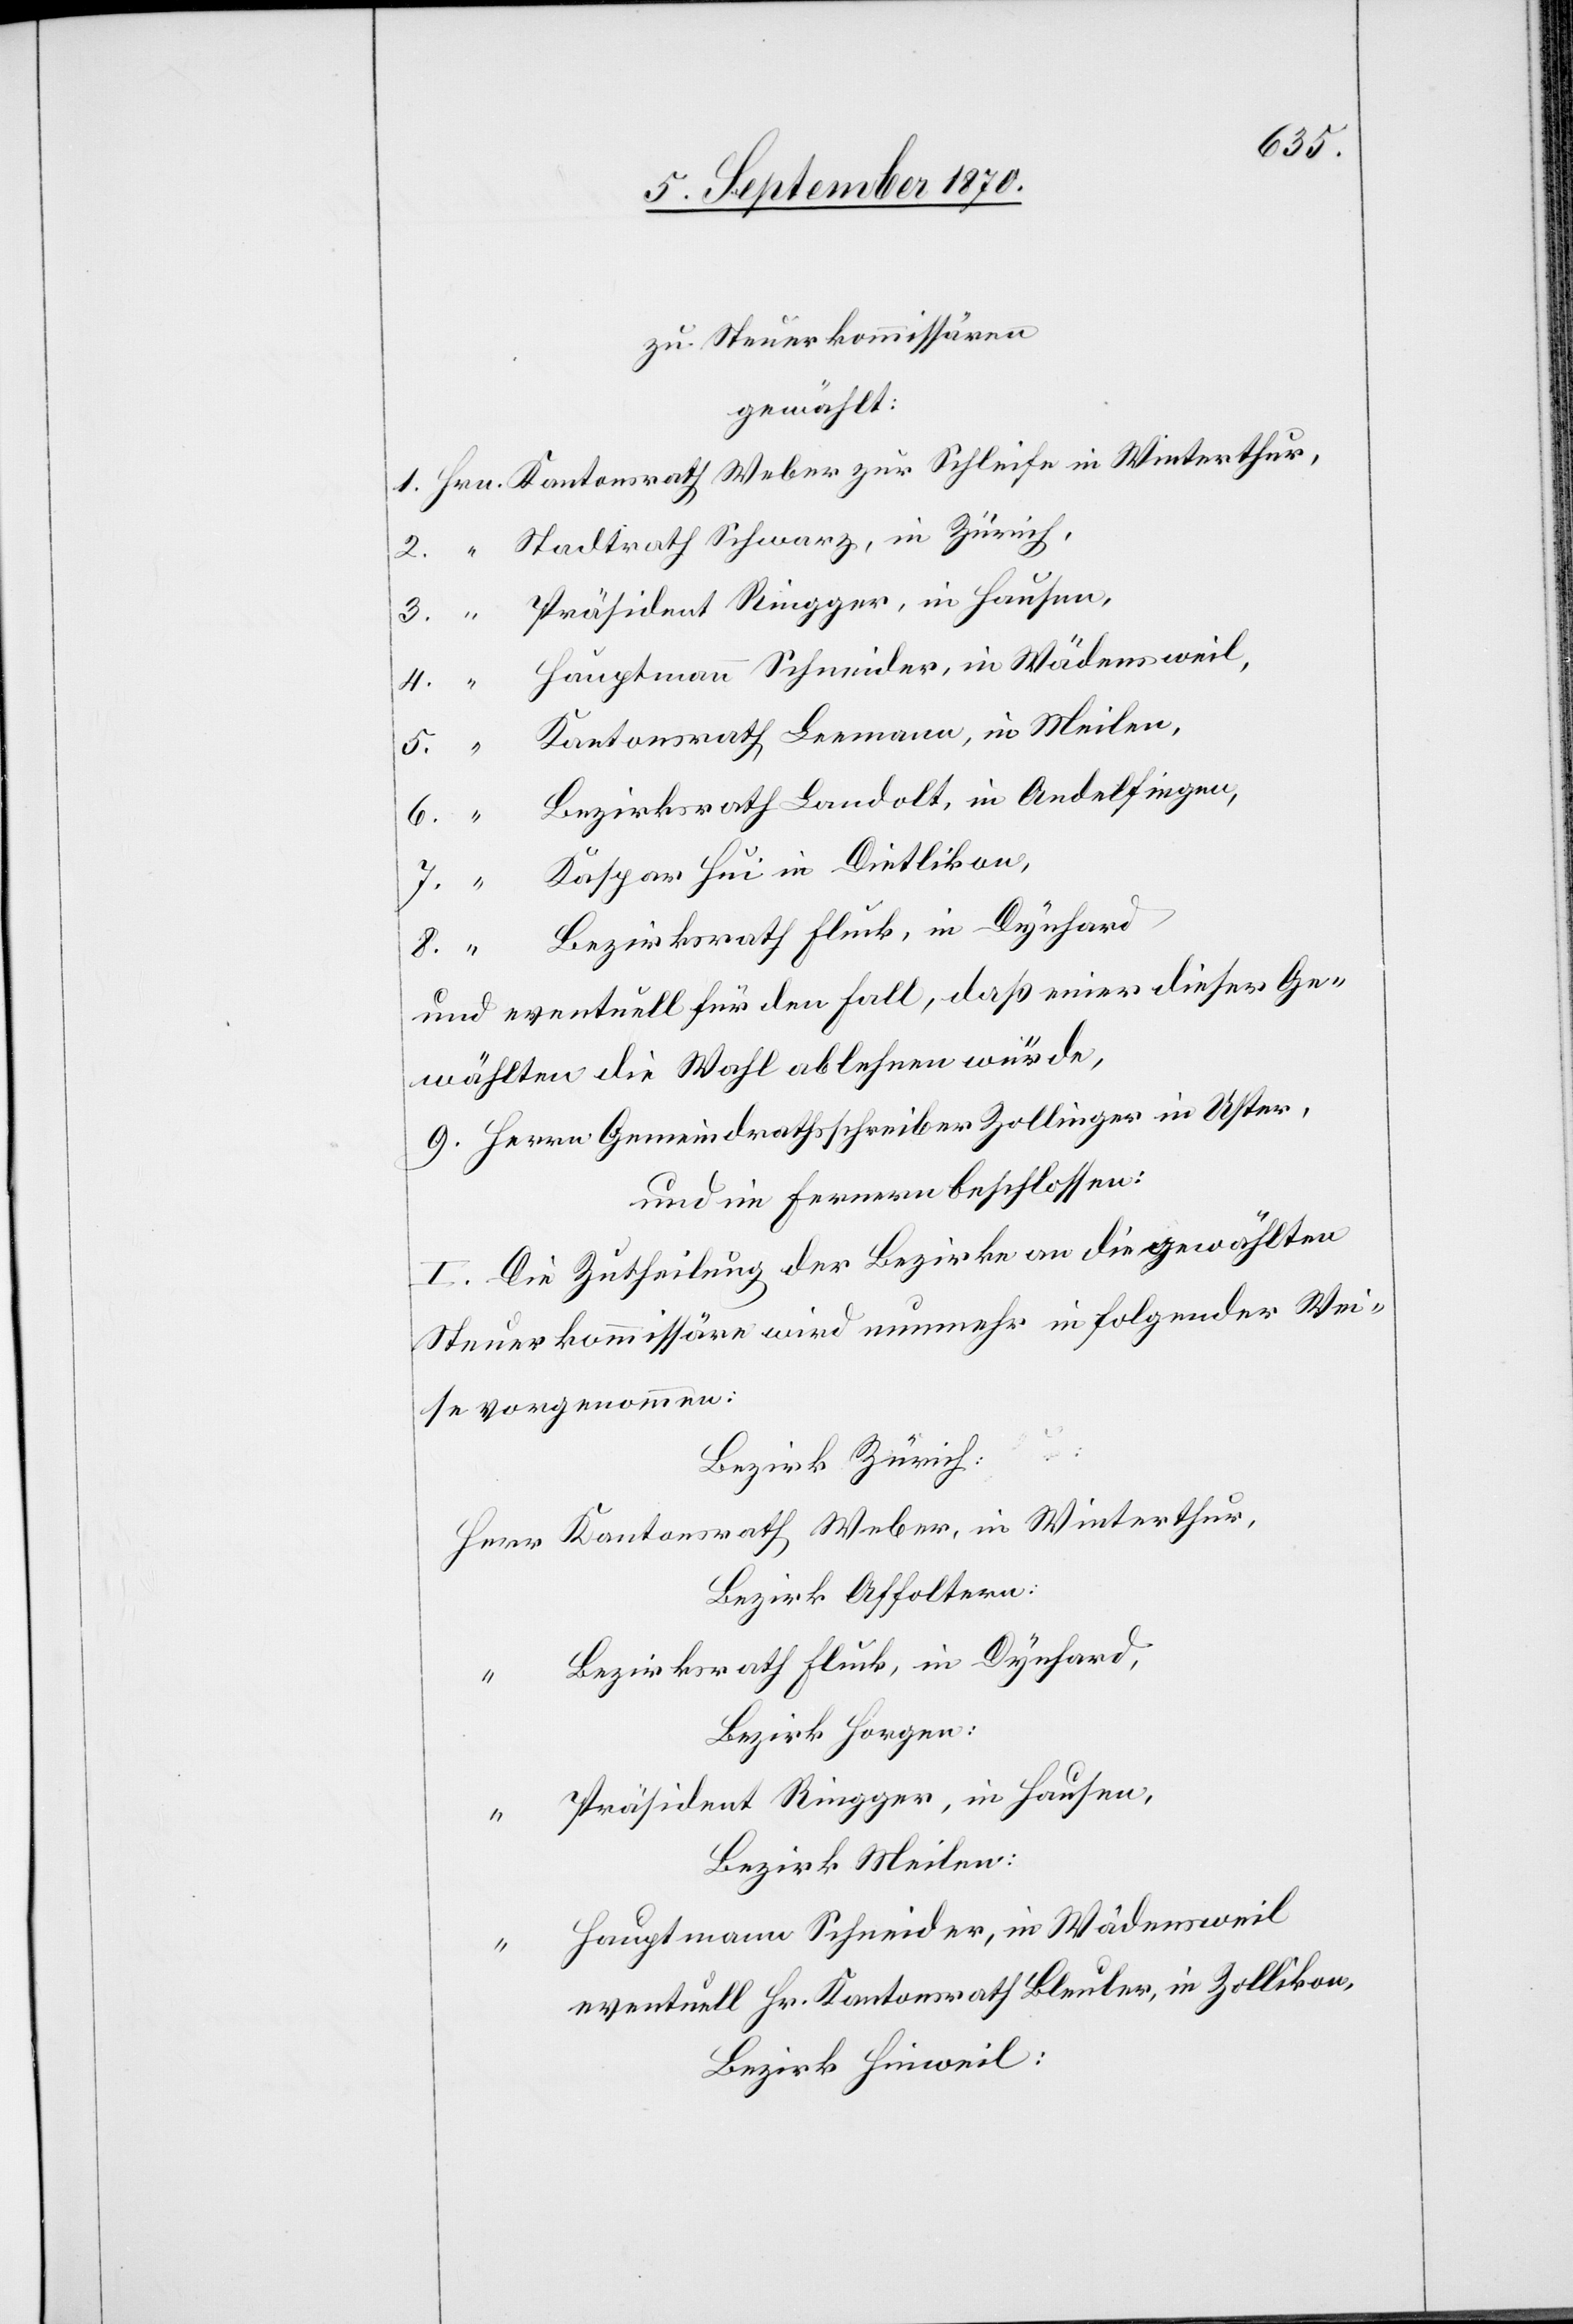
zu Steuerkommissären
gewählt:
Stadtrath Schwarz, in Zürich,
Hauptmann Schneider, in Wädensweil,
5.
Kantonsrath Leemann, in Meilen,
6.
Bezirksrath Landolt, in Andelfingen,
“
Kaspar Hui in Dietlikon,
in
Bezirksrath Fluck, in Dynhard
4.
und eventuell für den Fall, daß einer dieser Ge¬
wählten die Wahl ablehnen würde,
9. Herrn Gemeindrathsschreiber Zollinger in Uster.
und im Fernern beschlossen:
I. Die Zutheilung der Bezirke an die gewählten
Steuerkommissäre wird nunmehr in folgender Wei¬
se vorgenommen:
Weber,
Bezirk Zürich:
Bezirk Affoltern:
Bezirksrath Fluck, in Dynhard,
Hrn.
Bezirk Horgen:
Präsident Ringger, in Hausen,
Bezirk Meilen:
Hauptmann Schneider, in Wädensweil
eventuell Hr. Kantonsrath Bleuler, in Zollikon,
Bezirk Hinweil: